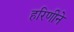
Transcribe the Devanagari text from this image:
हरिणीने